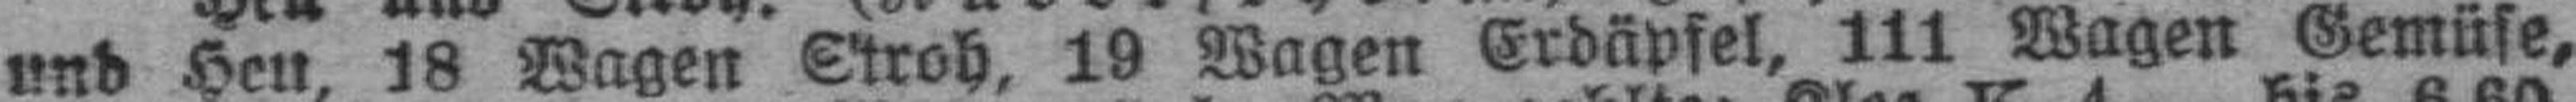
und Heu, 18 Wagen Stroh, 19 Wagen Erdäpfel, 111 Wagen Gemüse,